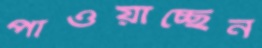
পাওয়াচ্ছেন